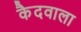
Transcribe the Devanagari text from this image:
कैदवाला